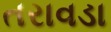
તરાવડા